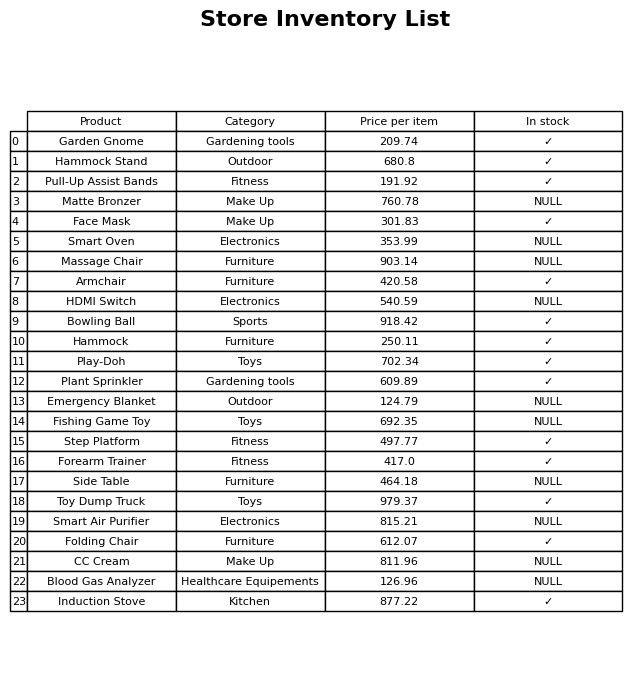
question: Which products are currently out of stock?
answer: Matte Bronzer, Smart Oven, Massage Chair, HDMI Switch, Emergency Blanket, Fishing Game Toy, Side Table, Smart Air Purifier, CC Cream, Blood Gas Analyzer